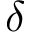
\delta